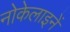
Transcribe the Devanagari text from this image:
नोकेलाइनें